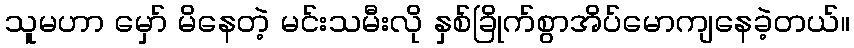
သူမဟာ မှော် မိနေတဲ့ မင်းသမီးလို နှစ်ခြိုက်စွာအိပ်မောကျနေခဲ့တယ်။